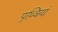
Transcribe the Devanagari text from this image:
पृथ्वियां